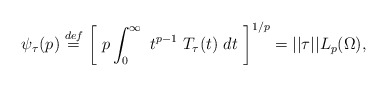
\begin{align*} \psi_{\tau}(p) \stackrel{def}{=} \left[ \ p \int_0^{\infty} \ t^{p-1} \ T_{\tau}(t) \ dt \ \right]^{1/p} = ||\tau||L_p(\Omega),\end{align*}